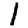
Digit: 1